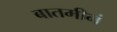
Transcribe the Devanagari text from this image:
बातमीनं